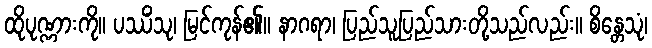
ထိုပုဏ္ဏားကို။ ပဿိံသု၊ မြင်ကုန်၏။ နာဂရာ၊ ပြည်သူပြည်သားတို့သည်လည်း။ စိန္တေသုံ၊